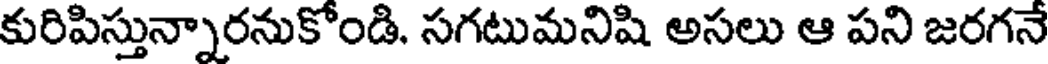
కురిపిస్తున్నారనుకోండి. సగటుమనిషి అసలు ఆ పని జరగనే